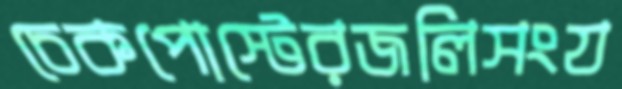
চেকপোস্টেরজলিসংয